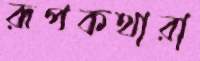
রূপকথারা